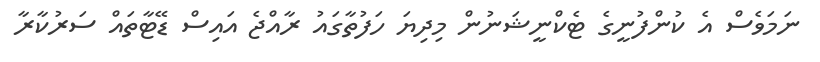
ނަމަވެސް އެ ކުންފުނީގެ ޓެކްނީޝަނުން މިދިޔަ ހަފުތާގައު ރާއްޖެ އައިސް ޑޭޓާތައް ސަރުކާރާ